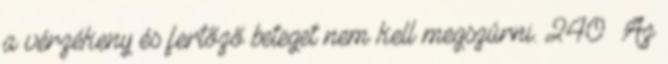
a vérzékeny és fertőző beteget nem kell megszúrni. 240 Az